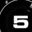
Digit: 5